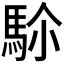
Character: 𩢜